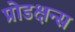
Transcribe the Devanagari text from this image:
प्रोडक्षन्स